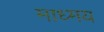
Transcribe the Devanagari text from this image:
माध्मय